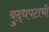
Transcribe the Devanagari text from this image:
युद्धपटाची